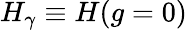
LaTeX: \begin{array}{r}{H_{\gamma}\equiv H(g=0)}\end{array}